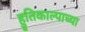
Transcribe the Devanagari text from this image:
हुतिकाल्पाच्या